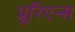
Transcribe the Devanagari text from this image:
प्रूरिएन्स